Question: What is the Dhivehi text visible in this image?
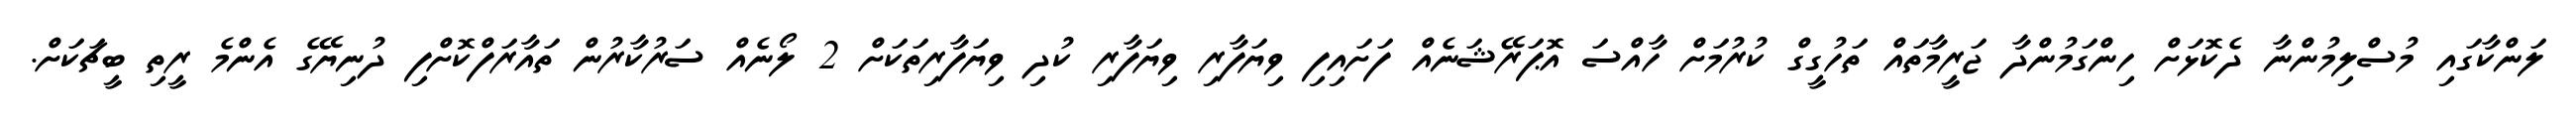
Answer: ލަންކާގައި މުސްލިމުންނާ ދެކޮޅަށް ހިންގަމުންދާ ޖަރީމާތައް ތަހުގީގް ކުރުމަށް ހާއްސަ އޮޕަރޭޝަނެއް ފަށައިފި ވިޔަފާރި ވިޔަފާރި ކުދި ވިޔަފާރިތަކަށް 2 ލޯނެއް ސަރުކާރުން ތައާރަފްކޮށްފި ދުނިޔޭގެ އެންމެ ރީތި ބީޗަކަށް.